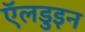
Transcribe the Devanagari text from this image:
ऍलडुइन